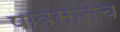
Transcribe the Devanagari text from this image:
पावसानेच